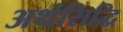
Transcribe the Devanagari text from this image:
अर्थसिद्धि